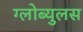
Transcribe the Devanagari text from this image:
ग्लोब्युलस